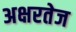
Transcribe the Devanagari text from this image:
अक्षरतेज